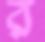
র